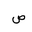
Letter: _sad